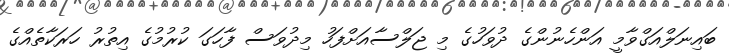
ބައިނަލްއަގްވާމީ އަންހެނުންގެ ދުވަހުގެ މި ޖަލްސާއަށްފަހު މިދުވަސް ފާހަގަ ކުރުމުގެ އިތުރު ހަރަކާތެއްގެ